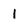
Character: 1